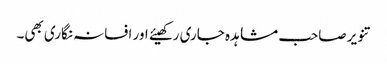
تنویر صاحب مشاہدہ جاری رکھیئے اور افسانہ نگاری بھی۔